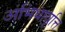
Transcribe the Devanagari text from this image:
अभिधावृत्ति